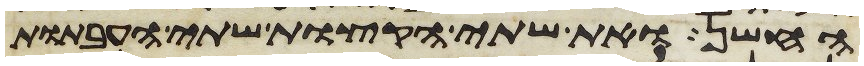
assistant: החשן ואת שתי הקצות שתי העבתות